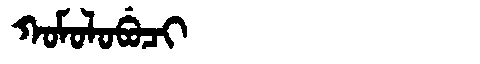
Manchu: ᡴᠣᠮᠣᠯᠣᠪᡠᠴᡳ
Romanization: KOMOLOBUCI